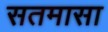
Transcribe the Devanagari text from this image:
सतमासा